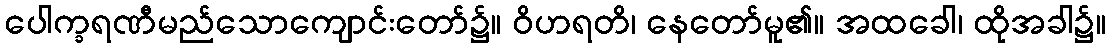
ပေါက္ခရဏီမည်သောကျောင်းတော်၌။ ဝိဟရတိ၊ နေတော်မူ၏။ အထခေါ၊ ထိုအခါ၌။